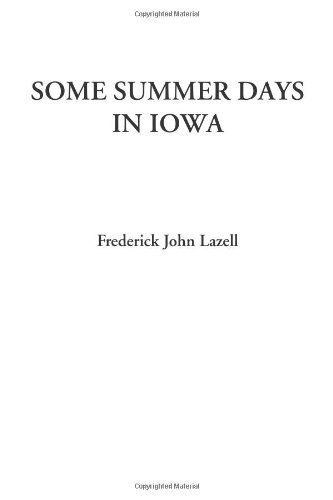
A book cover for Some Summer Days in Iowa; Frederick John Lazell; Travel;